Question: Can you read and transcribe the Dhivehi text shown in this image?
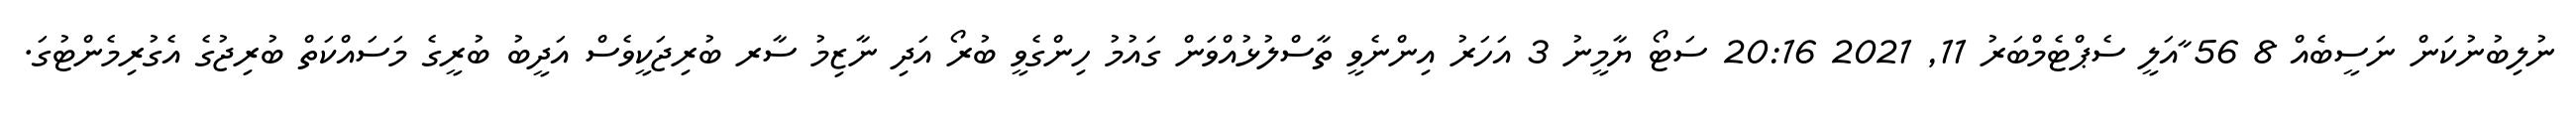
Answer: ނުލިބުނުކަން ނަސީބެއް 8 56 ާއަލީ ސެޕްޓެމްބަރު 11, 2021 20:16 ސަޓޯ ޔާމީނު 3 އަހަރު އިންނެވީ ތާސްލުޅުއްވަން ގައުމު ހިންގެވީ ބުރޯ އަދި ނާޒިމު ސާރ ބުރިޖަކީވެސް އަދީބު ބުރީގެ މަސައްކަތް ބުރިޖުގެ އެގުރިމެންޓުގަ.